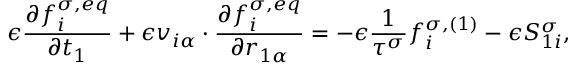
\epsilon \frac { \partial f _ { i } ^ { \sigma , e q } } { \partial t _ { 1 } } + \epsilon v _ { i \alpha } \cdot \frac { \partial f _ { i } ^ { \sigma , e q } } { \partial r _ { 1 \alpha } } = - \epsilon \frac { 1 } { \tau ^ { \sigma } } f _ { i } ^ { \sigma , ( 1 ) } - \epsilon S _ { 1 i } ^ { \sigma } ,